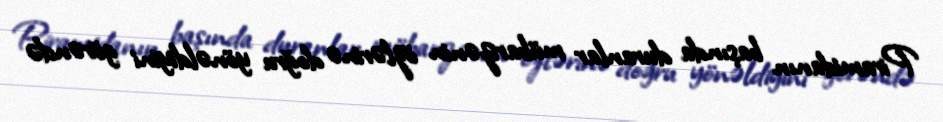
Piramidanın başında duranlar mübarizənin özlərinə doğru yönəldiyini görəndə